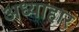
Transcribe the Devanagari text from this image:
अध्याहार